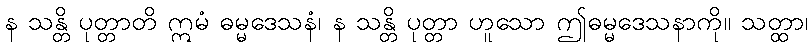
န သန္တိ ပုတ္တာတိ ဣမံ ဓမ္မဒေသနံ၊ န သန္တိ ပုတ္တာ ဟူသော ဤဓမ္မဒေသနာကို။ သတ္ထာ၊